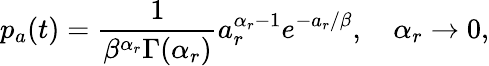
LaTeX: p_{a}(t)=\frac{1}{\beta^{\alpha_{r}}\Gamma(\alpha_{r})}a_{r}^{\alpha_{r}-1}e^{-a_{r}/\beta},\quad\alpha_{r}\to 0,